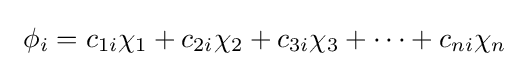
\ \phi _{i}=c_{1i}\chi _{1}+c_{2i}\chi _{2}+c_{3i}\chi _{3}+\cdots +c_{ni}\chi _{n}